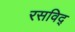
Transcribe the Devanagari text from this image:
रसविद्